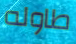
طاوله